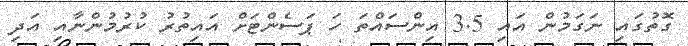
ގޮތުގައި ނަގަމުން އައި 3.5 އިންސައްތަ ހަ ޕަސެންޓަަށް އައިތުރު ކުރުމުންނާއި އަދި